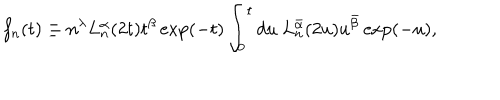
f _ { n } ( t ) \equiv n ^ { \lambda } L _ { n } ^ { \alpha } ( 2 t ) t ^ { \beta } \exp ( - t ) \int _ { 0 } ^ { t } d u \ L _ { n } ^ { \bar { \alpha } } ( 2 u ) u ^ { \bar { \beta } } \exp ( - u ) ,